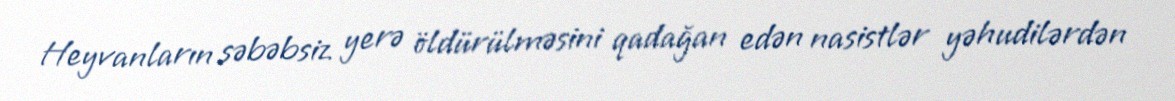
Heyvanların səbəbsiz yerə öldürülməsini qadağan edən nasistlər yəhudilərdən